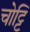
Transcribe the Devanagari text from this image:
चोट्टि